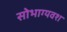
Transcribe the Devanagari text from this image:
सोभाग्यवश